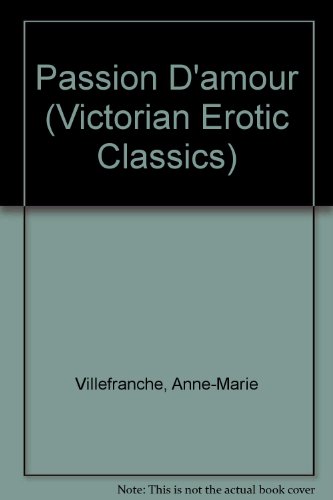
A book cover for Passion D'Amour/Two Complete Novels (Victorian Erotic Classics); Anne-Marie Villefranche; Romance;